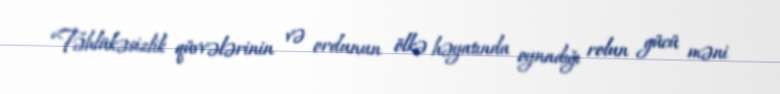
“Təhlükəsizlik qüvvələrinin və ordunun ölkə həyatında oynadığı rolun gücü məni